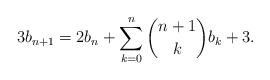
LaTeX: \begin{align*}3b_{n+1} = 2b_n + \sum_{k=0}^n {n+1 \choose k} b_k + 3.\end{align*}